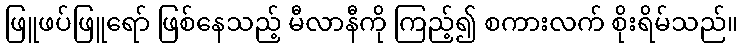
ဖြူဖပ်ဖြူရော် ဖြစ်နေသည့် မီလာနီကို ကြည့်၍ စကားလက် စိုးရိမ်သည်။